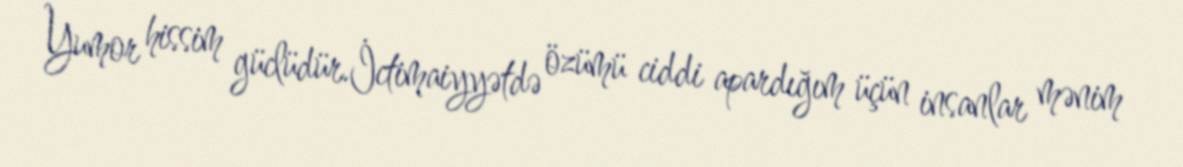
Yumor hissim güclüdür.İctimaiyyətdə özümü ciddi apardığım üçün insanlar mənim